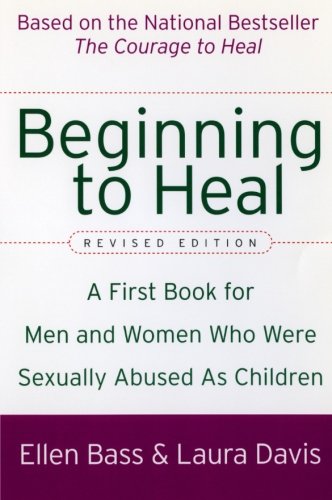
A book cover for Beginning to Heal (Revised Edition): A First Book for Men and Women Who Were Sexually Abused As Children; Ellen Bass; Parenting & Relationships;